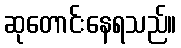
ဆုတောင်းနေရသည်။